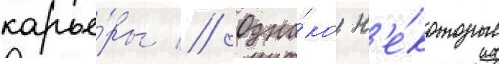
карье́ры // Одна́ко н'е́которые